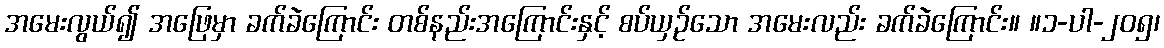
အမေးလွယ်၍ အဖြေမှာ ခက်ခဲကြောင်း တစ်နည်းအကြောင်းနှင့် စပ်ယှဉ်သော အမေးလည်း ခက်ခဲကြောင်း။ ။၁-ပါ-၂၀၅၊